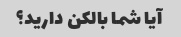
آیا شما بالکن دارید؟